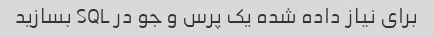
برای نیاز داده شده یک پرس و جو در SQL بسازید